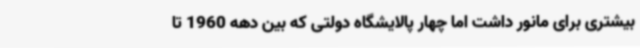
بیشتری برای مانور داشت اما چهار پالایشگاه دولتی که بین دهه 1960 تا